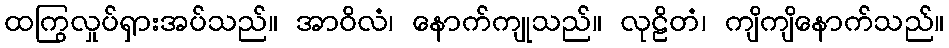
ထကြွလှုပ်ရှားအပ်သည်။ အာဝိလံ၊ နောက်ကျုသည်။ လုဠိတံ၊ ကျိကျိနောက်သည်။